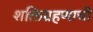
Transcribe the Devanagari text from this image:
शक्तिग्रहणाची